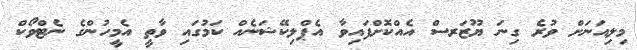
މިލިއަނަށް ވުރެ ގިނަ ޔޫޒަރސް އެއްކޮށްފައިވާ އެޕްލިކޭޝަނެއް ކަމުގައި ވާތީ އެމީހުންގެ ނެޓްވޯކް